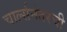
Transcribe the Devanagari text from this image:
चार्ल्सनंतरची